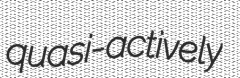
quasi-actively